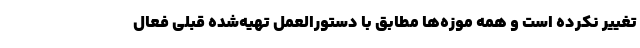
تغییر نکرده است و همه موزه‌ها مطابق با دستورالعمل تهیه‌شده قبلی فعال